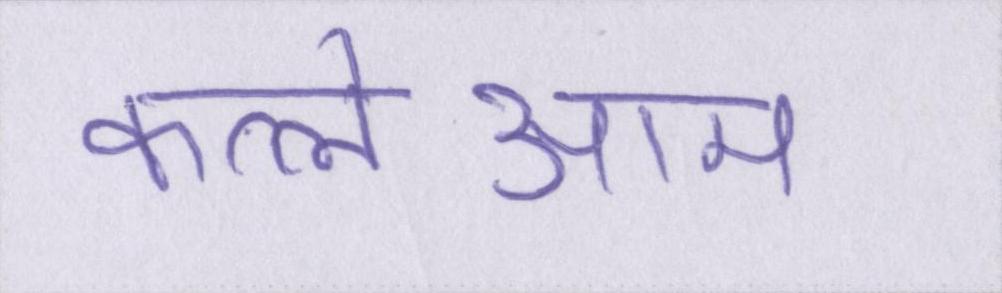
कत्लेआम